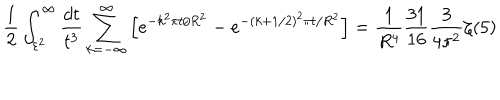
\frac { 1 } { 2 } \int _ { \varepsilon ^ { 2 } } ^ { \infty } \frac { d t } { t ^ { 3 } } \sum _ { k = - \infty } ^ { \infty } \left[ e ^ { - k ^ { 2 } \pi t / R ^ { 2 } } - e ^ { - ( k + 1 / 2 ) ^ { 2 } \pi t / R ^ { 2 } } \right] = \frac { 1 } { R ^ { 4 } } \frac { 3 1 } { 1 6 } \frac { 3 } { 4 \pi ^ { 2 } } \zeta ( 5 )